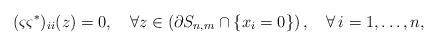
LaTeX: \begin{align*}(\varsigma\varsigma^*)_{ii}(z)=0,\quad\forall z\in \left(\partial S_{n,m}\cap\{x_i=0\}\right),\quad\forall\, i=1,\ldots,n,\end{align*}